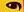
و